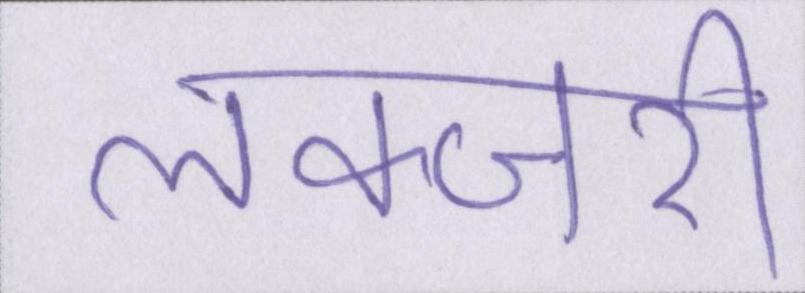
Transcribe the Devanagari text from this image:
लक्जरी